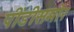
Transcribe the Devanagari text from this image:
पींडीसमोर